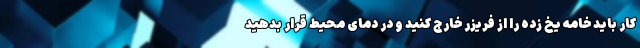
کار باید خامه یخ زده را از فریزر خارج کنید و در دمای محیط قرار بدهید